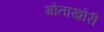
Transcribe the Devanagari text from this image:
गोताख़ोरी